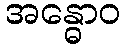
အန္ဓောဝ